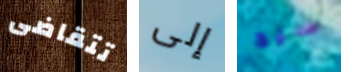
تتقاضى إلى سيج